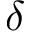
\delta